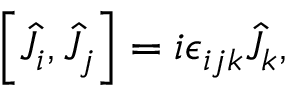
\begin{array} { r } { \left[ \hat { J } _ { i } , \hat { J } _ { j } \right] = i \epsilon _ { i j k } \hat { J } _ { k } , } \end{array}